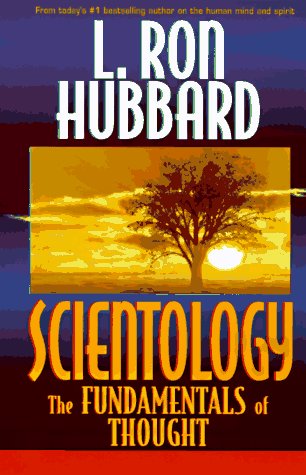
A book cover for Scientology: The Fundamentals of Thought; L. Ron Hubbard; Religion & Spirituality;